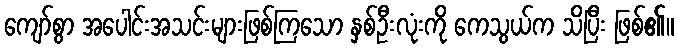
ကျော်စွာ အပေါင်းအသင်းများဖြစ်ကြသော နှစ်ဦးလုံးကို ကေသွယ်က သိပြီး ဖြစ်၏။